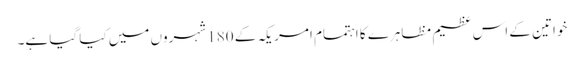
خواتین کے اس عظیم مظاہرے کا اہتمام امریکہ کے 180 شہروں میں کیا گیا ہے۔